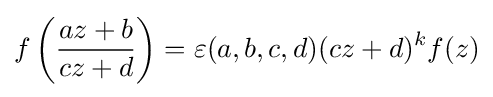
f\left({\frac {az+b}{cz+d}}\right)=\varepsilon (a,b,c,d)(cz+d)^{k}f(z)